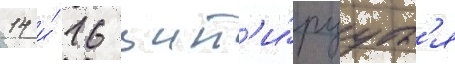
14 и́ 16 цит'и́руутс'я